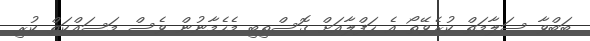
ބަބްވާ ސަލާމަތް ކުރެވޭތޯ އެ ހަފްލާއަށް ގޮސްތިބި މެހެމާނުން ވެސް މަސައްކަތް ކުރި